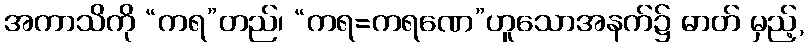
အကာသိကို “ကရ”တည်၊ “ကရ=ကရဏေ”ဟူသောအနက်၌ ဓာတ် မှည့်,